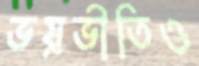
ভয়ভীতিও